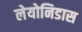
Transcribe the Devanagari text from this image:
लेयोनिडास